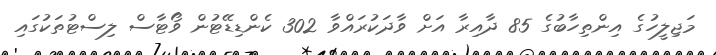
މަޖިލީހުގެ އިންތިހާބުގެ 85 ދާއިރާ އަށް ވާދަކުރައްވާ 302 ކެންޑިޑޭޓުން ވޯޓާސް ލިސްޓުތަކުގައި